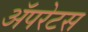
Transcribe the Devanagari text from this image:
अॅपरेटस